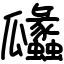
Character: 㼖